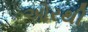
ઓરથી